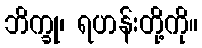
ဘိက္ခု၊ ရဟန်းတို့ကို။